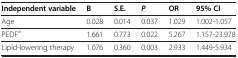
| Independent variable | B | S.E. | P | OR | 95% CI |
 | --- | --- | --- | --- | --- | --- |
 | Age | 0.028 | 0.014 | 0.037 | 1.029 | 1.002-1.057 |
 | PEDFa | 1.661 | 0.773 | 0.022 | 5.267 | 1.157-23.978 |
 | Lipid-lowering therapy | 1.076 | 0.360 | 0.003 | 2.933 | 1.449-5.934 |